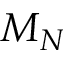
M _ { N }